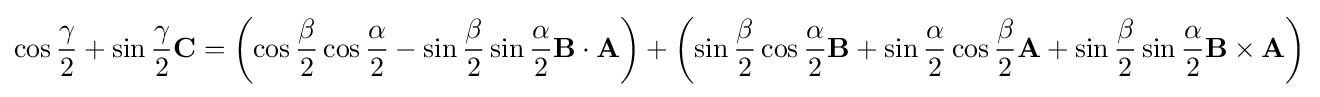
\cos {\frac {\gamma }{2}}+\sin {\frac {\gamma }{2}}\mathbf {C} =\left(\cos {\frac {\beta }{2}}\cos {\frac {\alpha }{2}}-\sin {\frac {\beta }{2}}\sin {\frac {\alpha }{2}}\mathbf {B} \cdot \mathbf {A} \right)+\left(\sin {\frac {\beta }{2}}\cos {\frac {\alpha }{2}}\mathbf {B} +\sin {\frac {\alpha }{2}}\cos {\frac {\beta }{2}}\mathbf {A} +\sin {\frac {\beta }{2}}\sin {\frac {\alpha }{2}}\mathbf {B} \times \mathbf {A} \right)